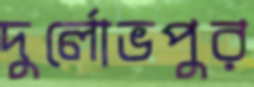
দুর্লোভপুর